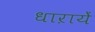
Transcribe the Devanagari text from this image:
धाऱायें